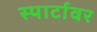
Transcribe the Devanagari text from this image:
स्पार्टावर